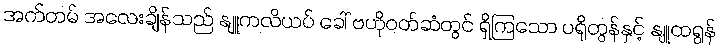
အက်တမ် အလေးချိန်သည် နျူကလိယပ် ခေါ် ဗဟိုဝတ်ဆံတွင် ရှိကြသော ပရိုတွန်နှင့် နျူထရွန်